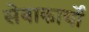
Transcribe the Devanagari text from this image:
सेवाकार्यो